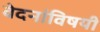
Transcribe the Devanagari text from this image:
वेदनांविषयी